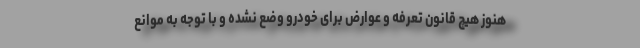
هنوز هیچ قانون تعرفه و عوارض برای خودرو وضع نشده و با توجه به موانع